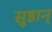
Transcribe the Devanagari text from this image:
सुडान्